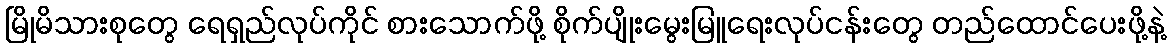
မြိုမိသားစုတွေ ရေရှည်လုပ်ကိုင် စားသောက်ဖို့ စိုက်ပျိုးမွေးမြူရေးလုပ်ငန်းတွေ တည်ထောင်ပေးဖို့နဲ့